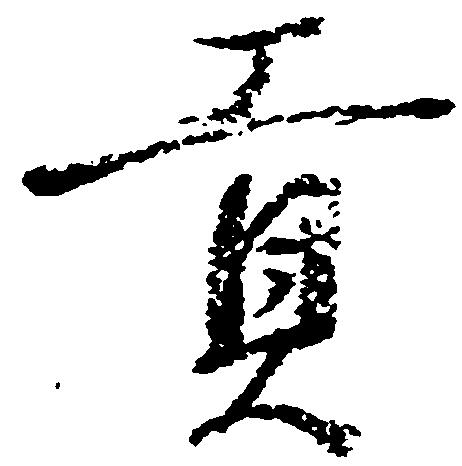
貢